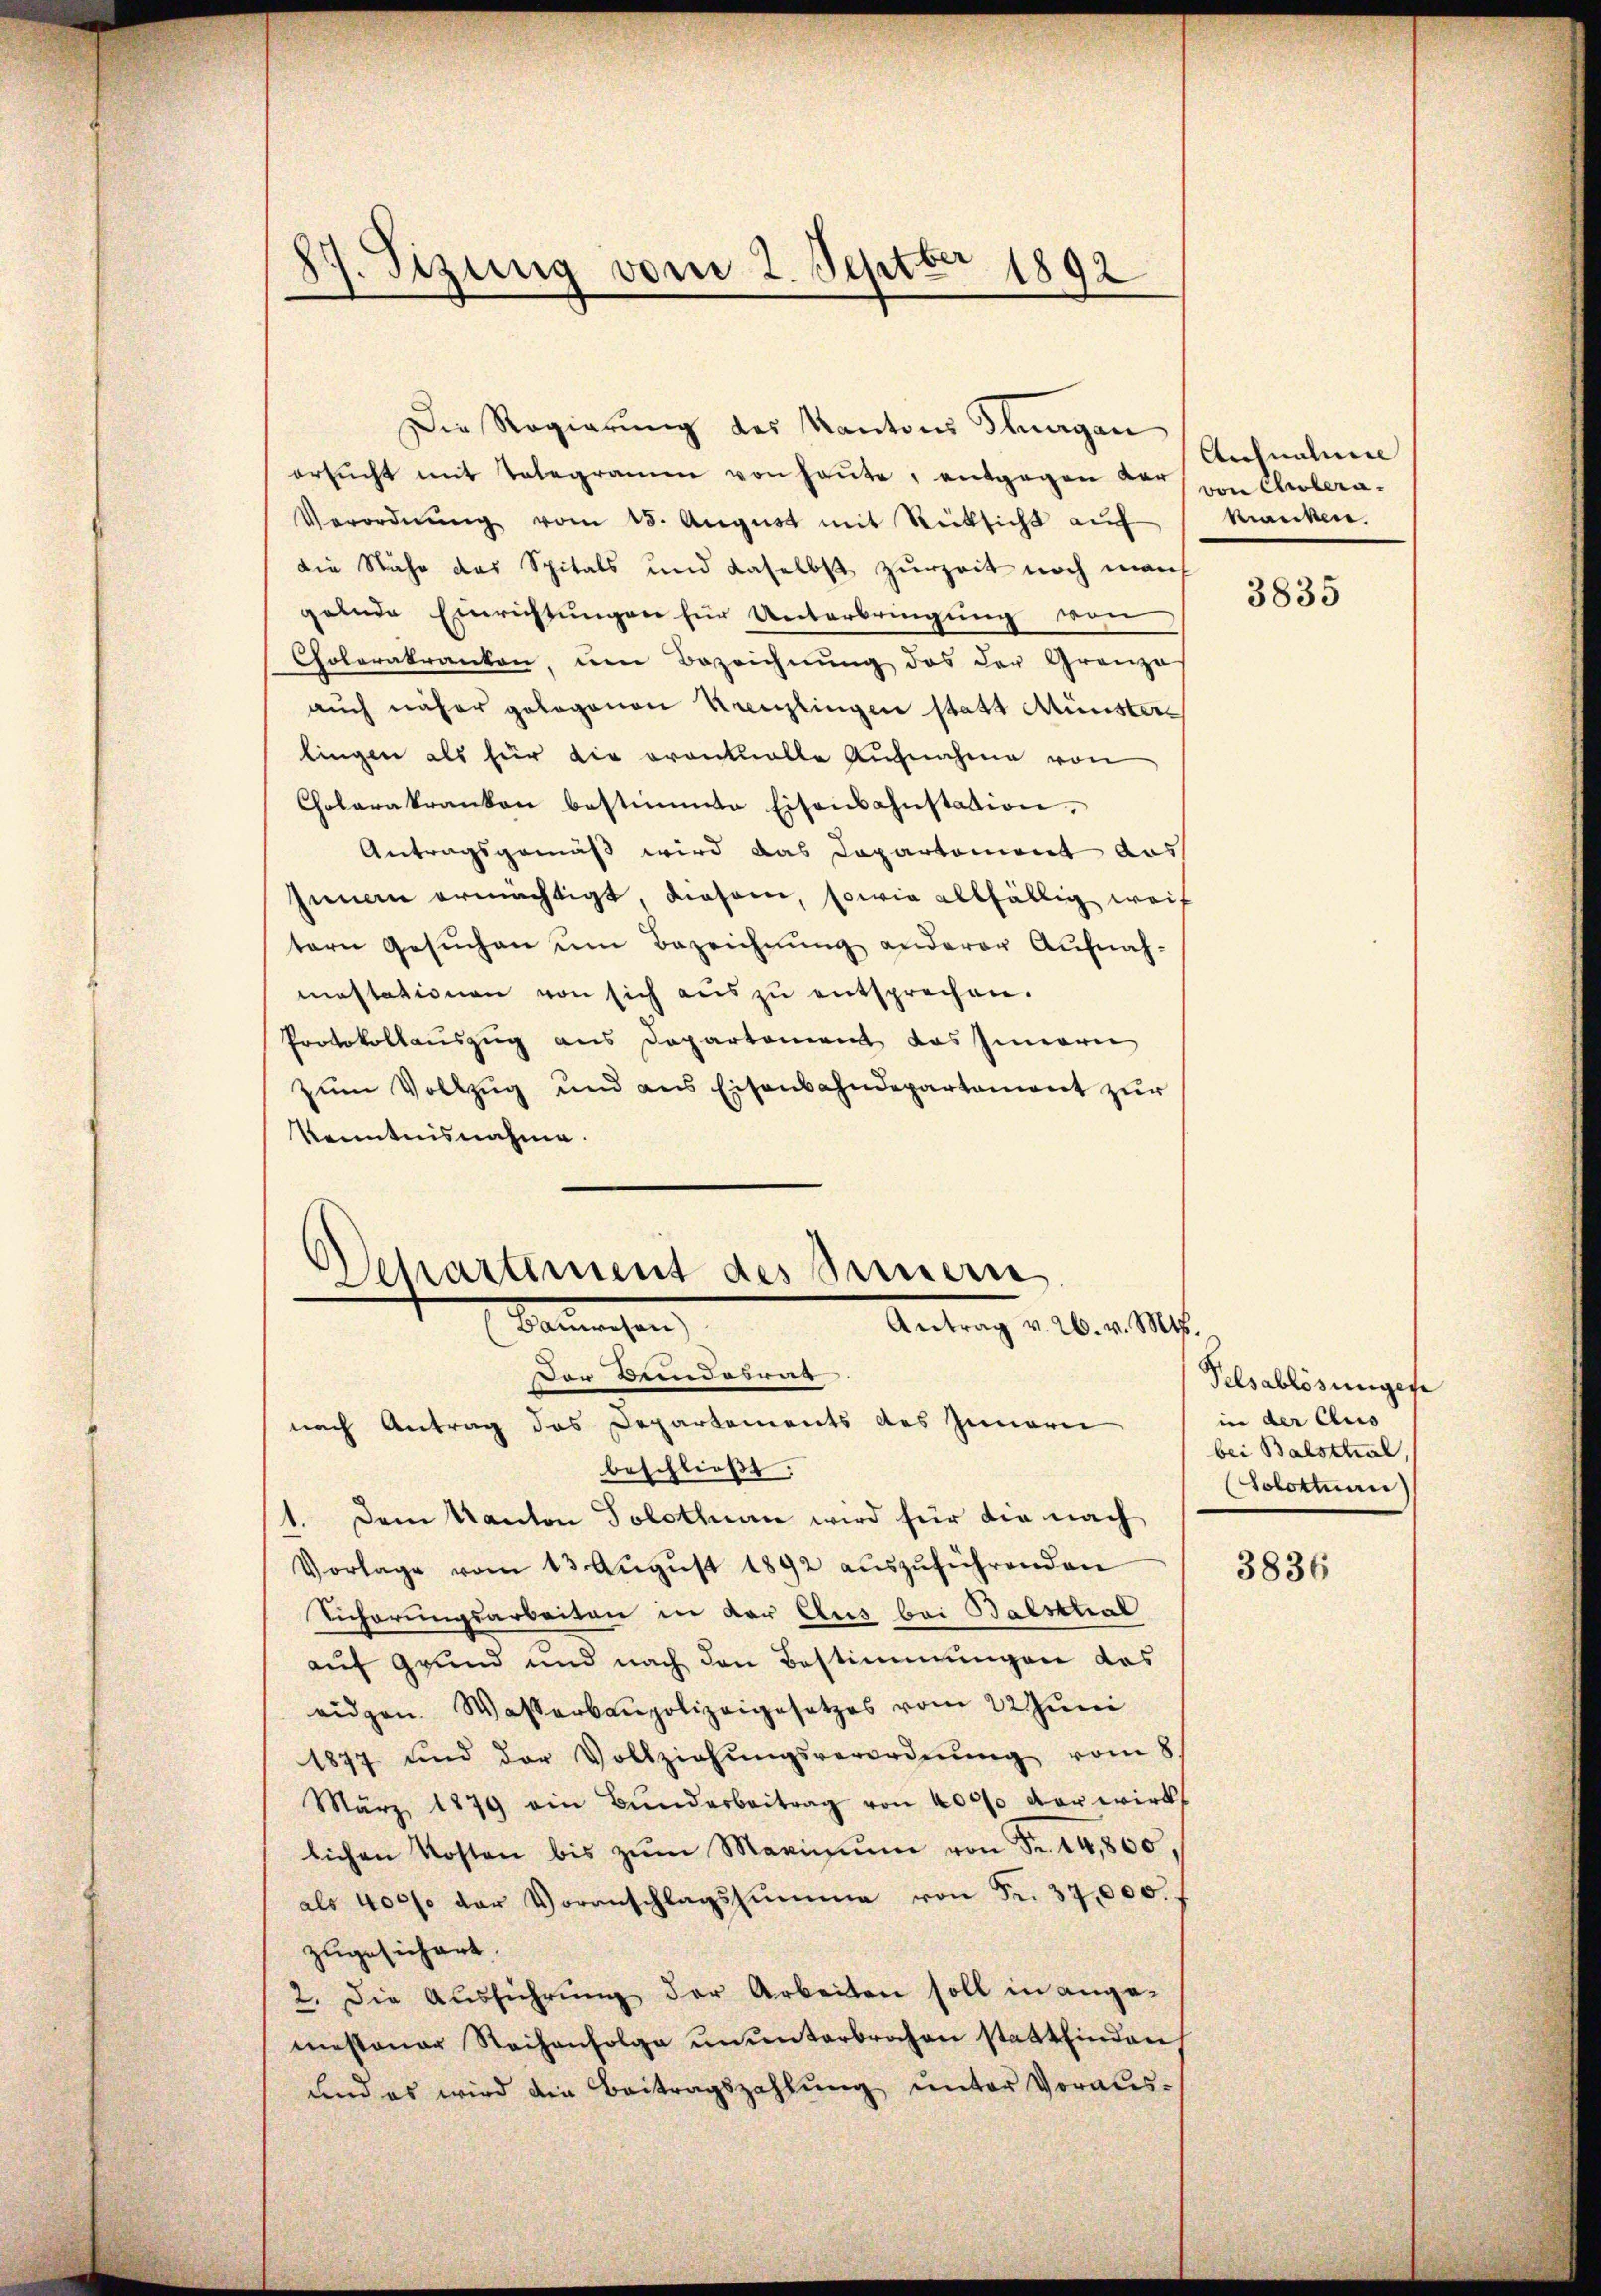
87. Sizung vom 2. Septbr 1892

Die Regierung des Kantons Fragen
ersŭcht mit Telegramm von heute, entgegen der von Cholera¬
Verordnŭng vom 18. Aŭgŭst mit Rücksich aŭf Manken.
die Nähe das Spitals und daselbst zurzeit noch manch
gelnde Einrichtungen für Unterbringung von
Colorakranken, um Bezeichnung des der Grenze
auch näher gelegenen Kreuzlingen statt Münster
lingen als für die orantualle Aufnahme von
Cholerakranken bestimmte Eisenbahnstation.
Antragsgemäß wird das Capartement aus
sinen ermächtigt, diesene, sowie allfällig weif
tern Gesuchen um Bezeichnung anderer Aufnah-
mastationen von sich aus zu entsprechen.
Protokollauszug aus Departement das Innern
zum Vollzug und aus Eisenbahndepartament zur
Kenntnisnahme.

Departement des Sinnern
Sonnaisen
Antrag v. 26. v. Mts.

Der Beidebrer
nach Antrag des Departements des Innern
beschließt.
1. Dem Kanton Solothurn wird für die nach
Vorlage vom 13. Aŭgŭst 1892 aŭszŭführenden
Sicherungsarbeiten in der Aus bei Balsthal
auf Grund und nach den Bestimmungen das
eidgen. Wasserbaupolizeigesetzes vom 22 Juni
1877 und der Vollziehŭngsverordnŭng vom 8.
März 1879 ein Bŭnderbeitrag von 40000 der wirkl
lichen Kosten bis zŭm Maximum von Fr. 14,800
als 400f der Voranschlagssumme von Fr. 37,000.
zugesichert.
2. Die Aŭsführŭng der Arbeiten soll in ange-
mestenar Steihenfolge ŭnŭnterbrochen stattfinden
und es wird die Beitragszahlung unter Voraus-

Aichnaluie

3835

Pelsablösungene
in der Aus
bei Balsthal,
(Solothurn)

3836